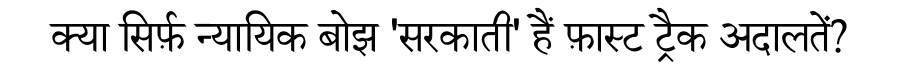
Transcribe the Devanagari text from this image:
क्या सिर्फ़ न्यायिक बोझ 'सरकाती' हैं फ़ास्ट ट्रैक अदालतें?